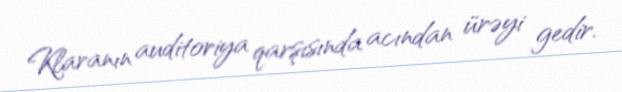
Klaranın auditoriya qarşısında acından ürəyi gedir.